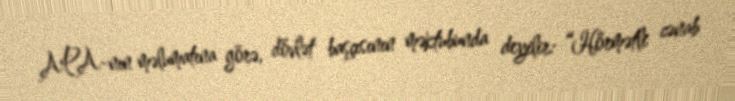
APA-nın məlumatına görə, dövlət başçısının məktubunda deyilir: “Hörmətli cənab